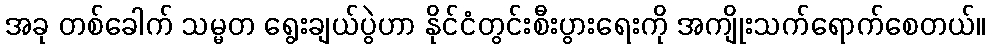
အခု တစ်ခေါက် သမ္မတ ရွေးချယ်ပွဲဟာ နိုင်ငံတွင်းစီးပွားရေးကို အကျိုးသက်ရောက်စေတယ်။